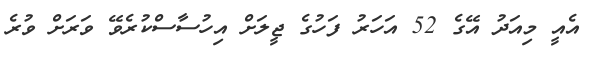
އެއީ މިއަދު އޭގެ 52 އަހަރު ފަހުގެ ޖީލަށް އިހުސާސްކުރެވޭ ވަރަށް ވުރެ